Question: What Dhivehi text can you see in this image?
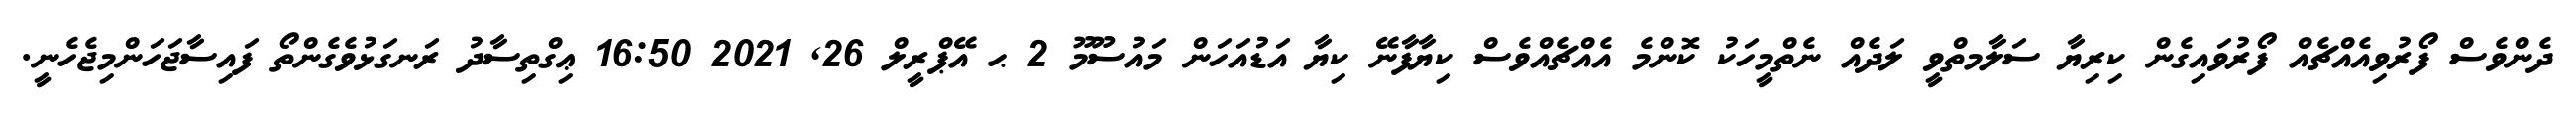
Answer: ދެންވެސް ފޯރުވިއެއްޗެއް ފޯރުވައިގެން ކިރިޔާ ސަލާމތްވީ ލަދެއް ނެތްމީހަކު ކޮންމެ އެއްޗެއްވެސް ކިޔާފާނޭ ކިޔާ އަޑުއަހަން މައުސޫމޫ 2 ޙ އޭޕްރީލް 26, 2021 16:50 ޢިގްތިސާދު ރަނގަޅުވެގެންތޯ ފައިސާޖަހަންމިޖެހެނީ.